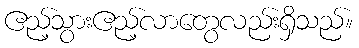
ဧည့်သွားဧည့်လာတွေလည်းရှိသည်။